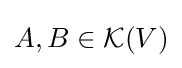
A,B\in {\mathcal {K}}(V)